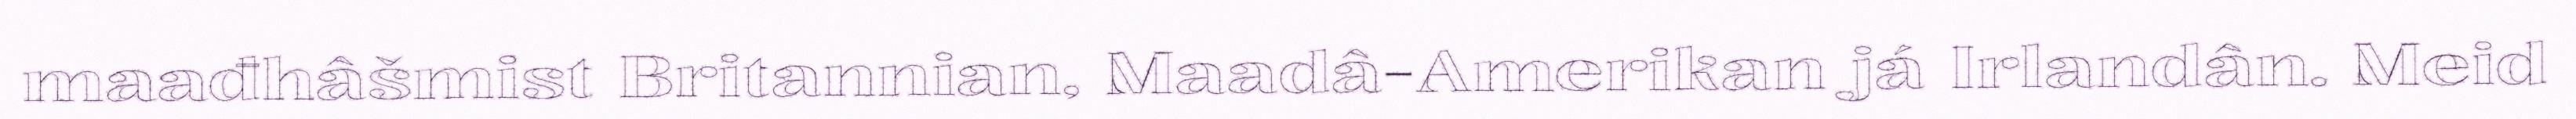
maađhâšmist Britannian, Maadâ-Amerikan já Irlandân. Meid